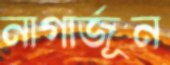
নাগার্জূন